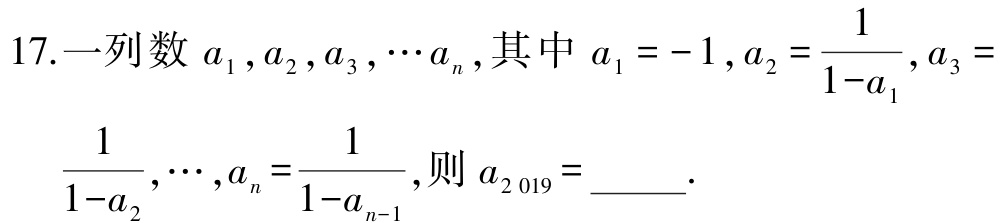
17.一列数\(a_{1},a_{2},a_{3},\cdots a_{n}\),其中\(a_{1} = - 1\),\(a_{2}=\dfrac{1}{1 - a_{1}}\),\(a_{3}= \dfrac{1}{1 - a_{2}},\cdots,a_{n}=\dfrac{1}{1 - a_{n - 1}}\),则\(a_{2019}=\)_____.